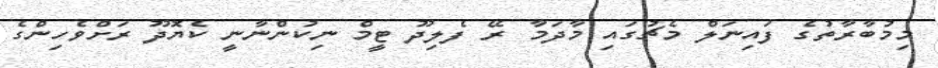
މިމުބާރާތުގެ ފައިނަލް މެޗުގައި މާދަމާ ރޭ ފެލިދޫ ޓީމް ނިކުންނާނީ ކެޔޮދޫ ރަށްވެހިންގެ